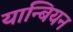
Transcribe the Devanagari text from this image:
यान्बियन